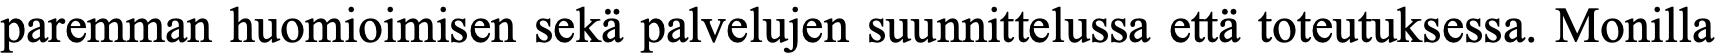
paremman huomioimisen sekä palvelujen suunnittelussa että toteutuksessa. Monilla